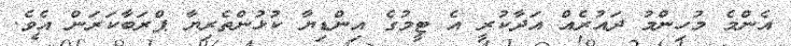
އެންމެ މުހިންމު ދައުރެއް އަދާކުރީ އެ ޓީމުގެ އިންޑިޔާ ކުޅުންތެރިޔާ ޕްރަބާކަރަން އެވެ.